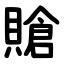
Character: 賶